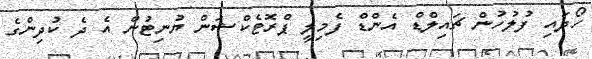
ހޯދައި ފުލުހުން ޗައިލްޑް އެންޑް ފެމިލީ ޕްރޮޓެކްޝަން ޔުނިޓުން އެ ދެ ކުދިންގެ